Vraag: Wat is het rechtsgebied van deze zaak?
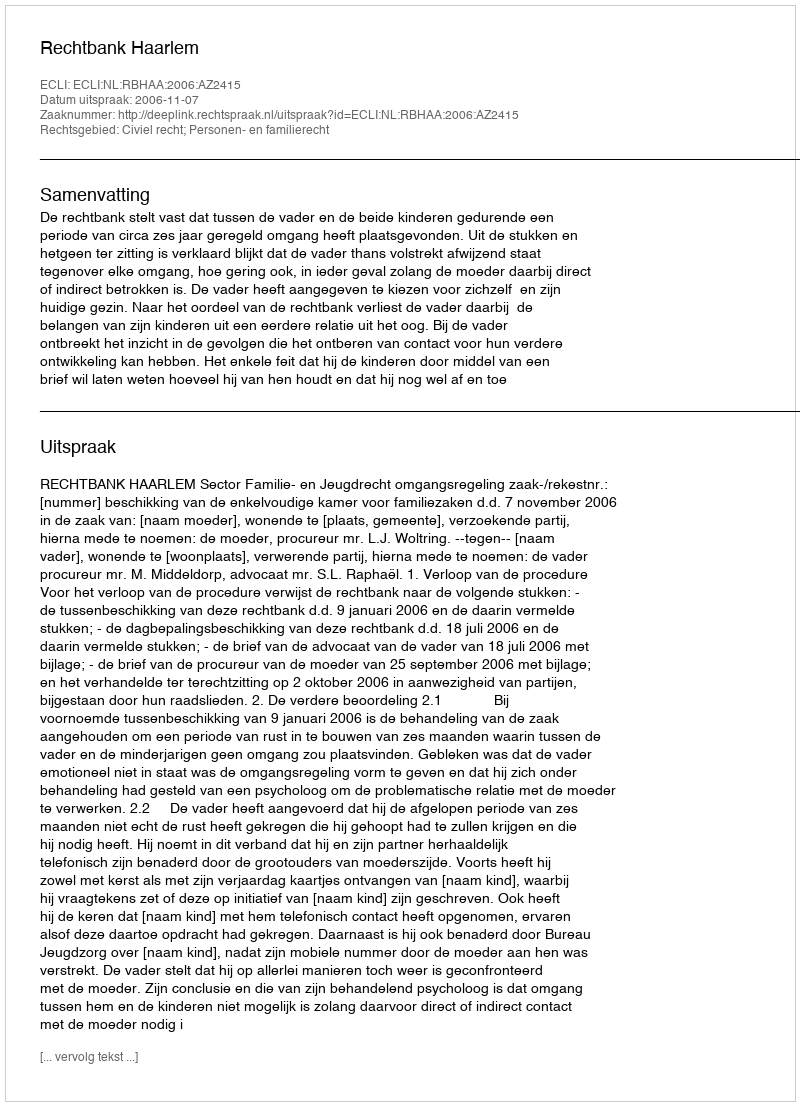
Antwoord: Civiel recht; Personen- en familierecht